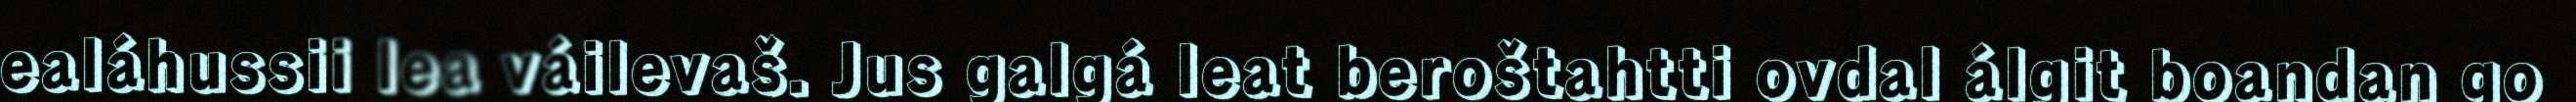
ealáhussii lea váilevaš. Jus galgá leat beroštahtti ovdal álgit boandan go